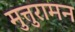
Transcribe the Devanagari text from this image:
मुत्तुरामन